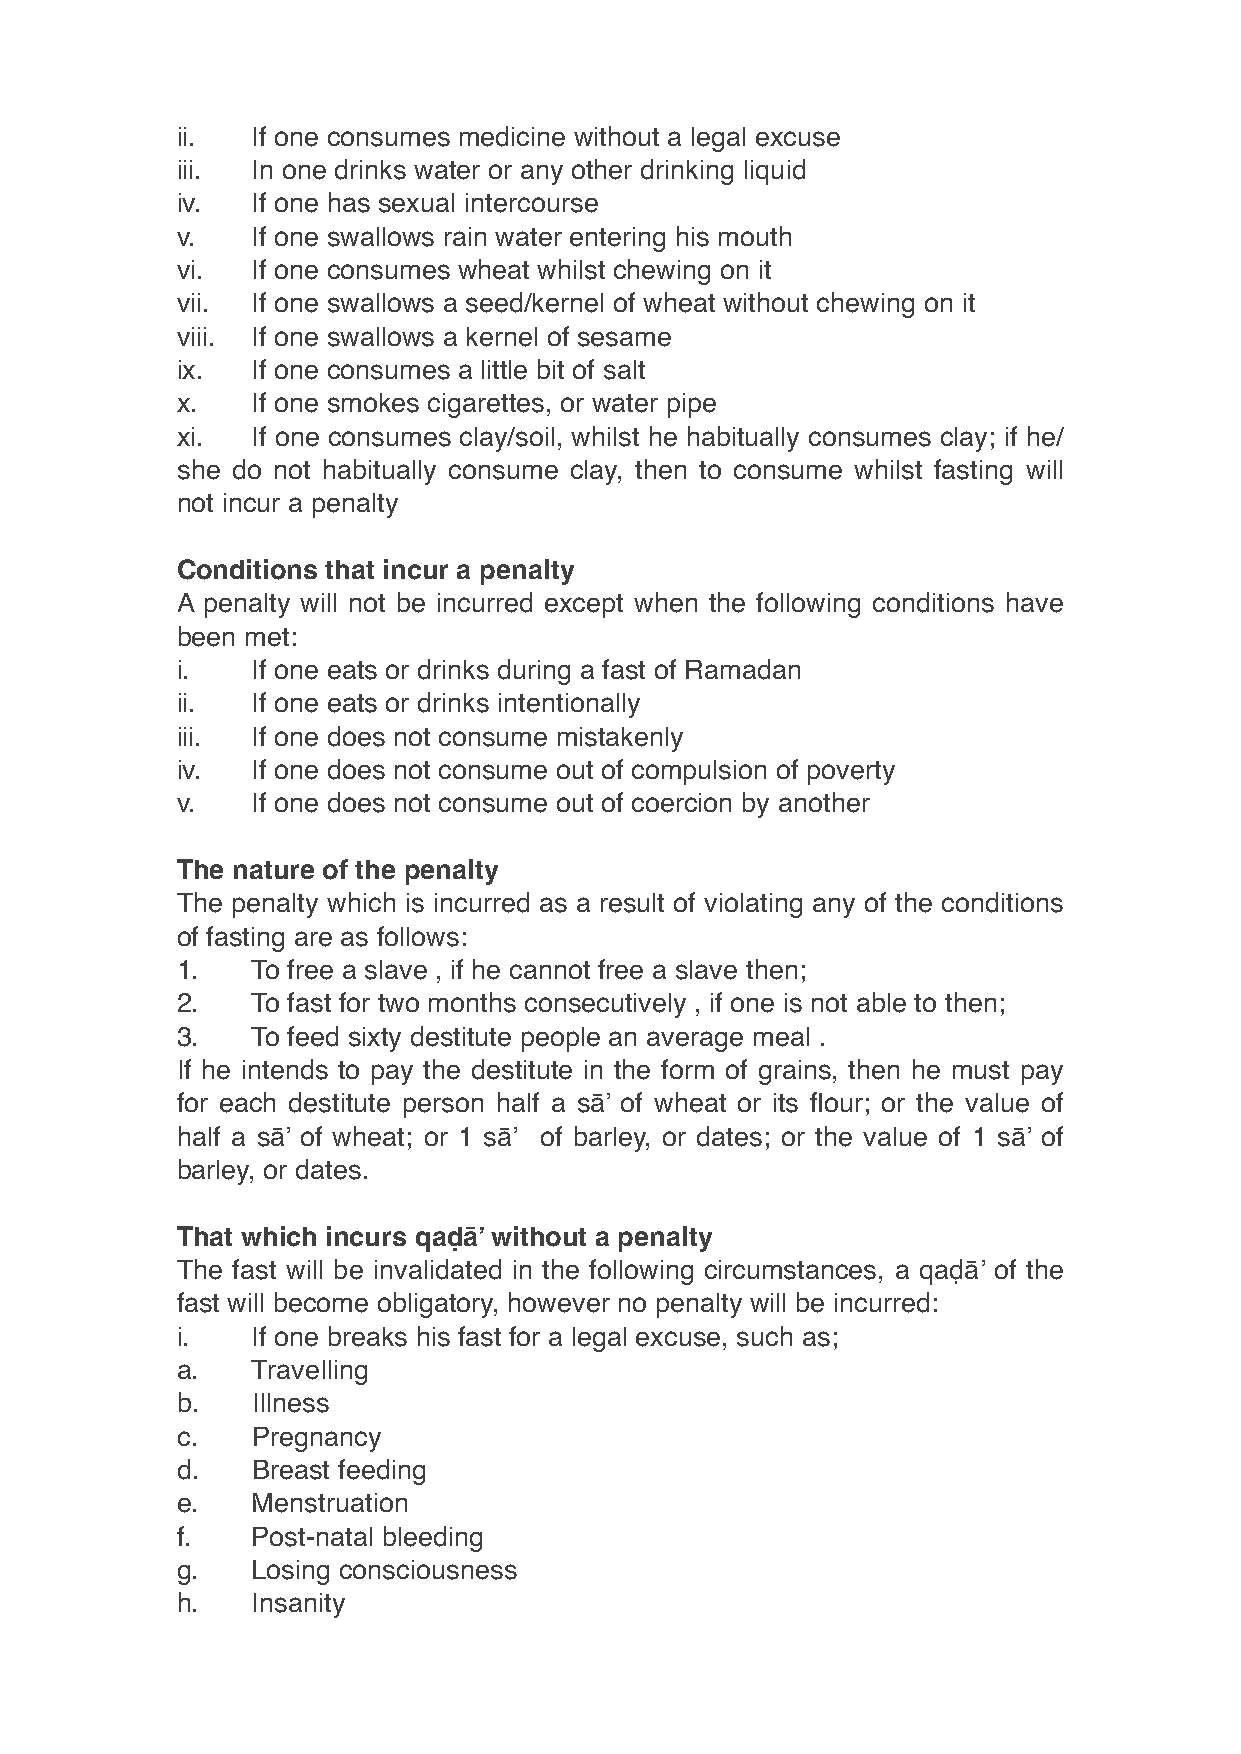
ii.  If one consumes medicine without a legal excuse
 iii. In one drinks water or any other drinking liquid
 iv.  If one has sexual intercourse
 v.   If one swallows rain water entering his mouth
 vi.  If one consumes wheat whilst chewing on it
 vii. If one swallows a seed/kernel of wheat without chewing on it
 viii. If one swallows a kernel of sesame
 ix.  If one consumes a little bit of salt
 x.   If one smokes cigarettes, or water pipe
 xi.  If one consumes clay/soil, whilst he habitually consumes clay; if he/
 she do not habitually consume clay, then to consume whilst fasting will
 not incur a penalty
 Conditions that incur a penalty
 A penalty will not be incurred except when the following conditions have
 been met:
 i.   If one eats or drinks during a fast of Ramadan
 ii.  If one eats or drinks intentionally
 iii. If one does not consume mistakenly
 iv.  If one does not consume out of compulsion of poverty
 v.   If one does not consume out of coercion by another
 The nature of the penalty
 The penalty which is incurred as a result of violating any of the conditions
 of fasting are as follows:
 1.   To free a slave , if he cannot free a slave then;
 2.   To fast for two months consecutively , if one is not able to then;
 3.   To feed sixty destitute people an average meal .
 If he intends to pay the destitute in the form of grains, then he must pay
 for each destitute person half a sā’ of wheat or its flour; or the value of
 half a sā’ of wheat; or 1 sā’ of barley, or dates; or the value of 1 sā’ of
 barley, or dates.
 That which incurs qaḍā’ without a penalty
 The fast will be invalidated in the following circumstances, a qaḍā’ of the
 fast will become obligatory, however no penalty will be incurred:
 i.   If one breaks his fast for a legal excuse, such as;
 a.   Travelling
 b.   Illness
 c.   Pregnancy
 d.   Breast feeding
 e.   Menstruation
 f.   Post-natal bleeding
 g.   Losing consciousness
 h.   Insanity